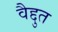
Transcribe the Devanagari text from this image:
वैद्दुत